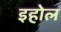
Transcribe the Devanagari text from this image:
इहोल